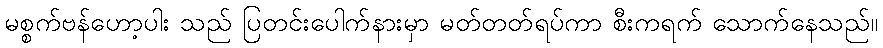
မစ္စက်ဗန်ဟော့ပါး သည် ပြတင်းပေါက်နားမှာ မတ်တတ်ရပ်ကာ စီးကရက် သောက်နေသည်။